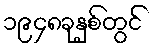
၁၉၄၈ခုနှစ်တွင်